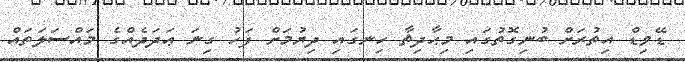
ޑޭވިޑް އިތުރަށް ބުނިގޮތުގައި މިޙާދިޘާ ހިނގައި ދިޔުމަށް ފަހު ގިނަ ޢަދަދެއްގެ މައްސަލަތައް